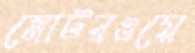
মোটরওয়ে